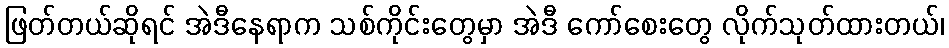
ဖြတ်တယ်ဆိုရင် အဲဒီနေရာက သစ်ကိုင်းတွေမှာ အဲဒီ ကော်စေးတွေ လိုက်သုတ်ထားတယ်၊